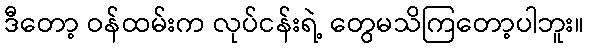
ဒီတော့ ဝန်ထမ်းက လုပ်ငန်းရဲ့ တွေမသိကြတော့ပါဘူး။